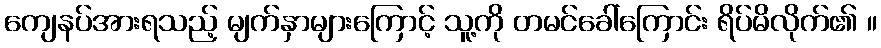
ကျေနပ်အားရသည့် မျက်နှာများကြောင့် သူ့ကို တမင်ခေါ်ကြောင်း ရိပ်မိလိုက်၏ ။